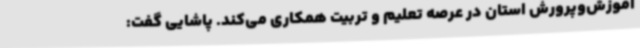
آموزش‌وپرورش استان در عرصه تعلیم و تربیت همکاری می‌کند. پاشایی گفت: